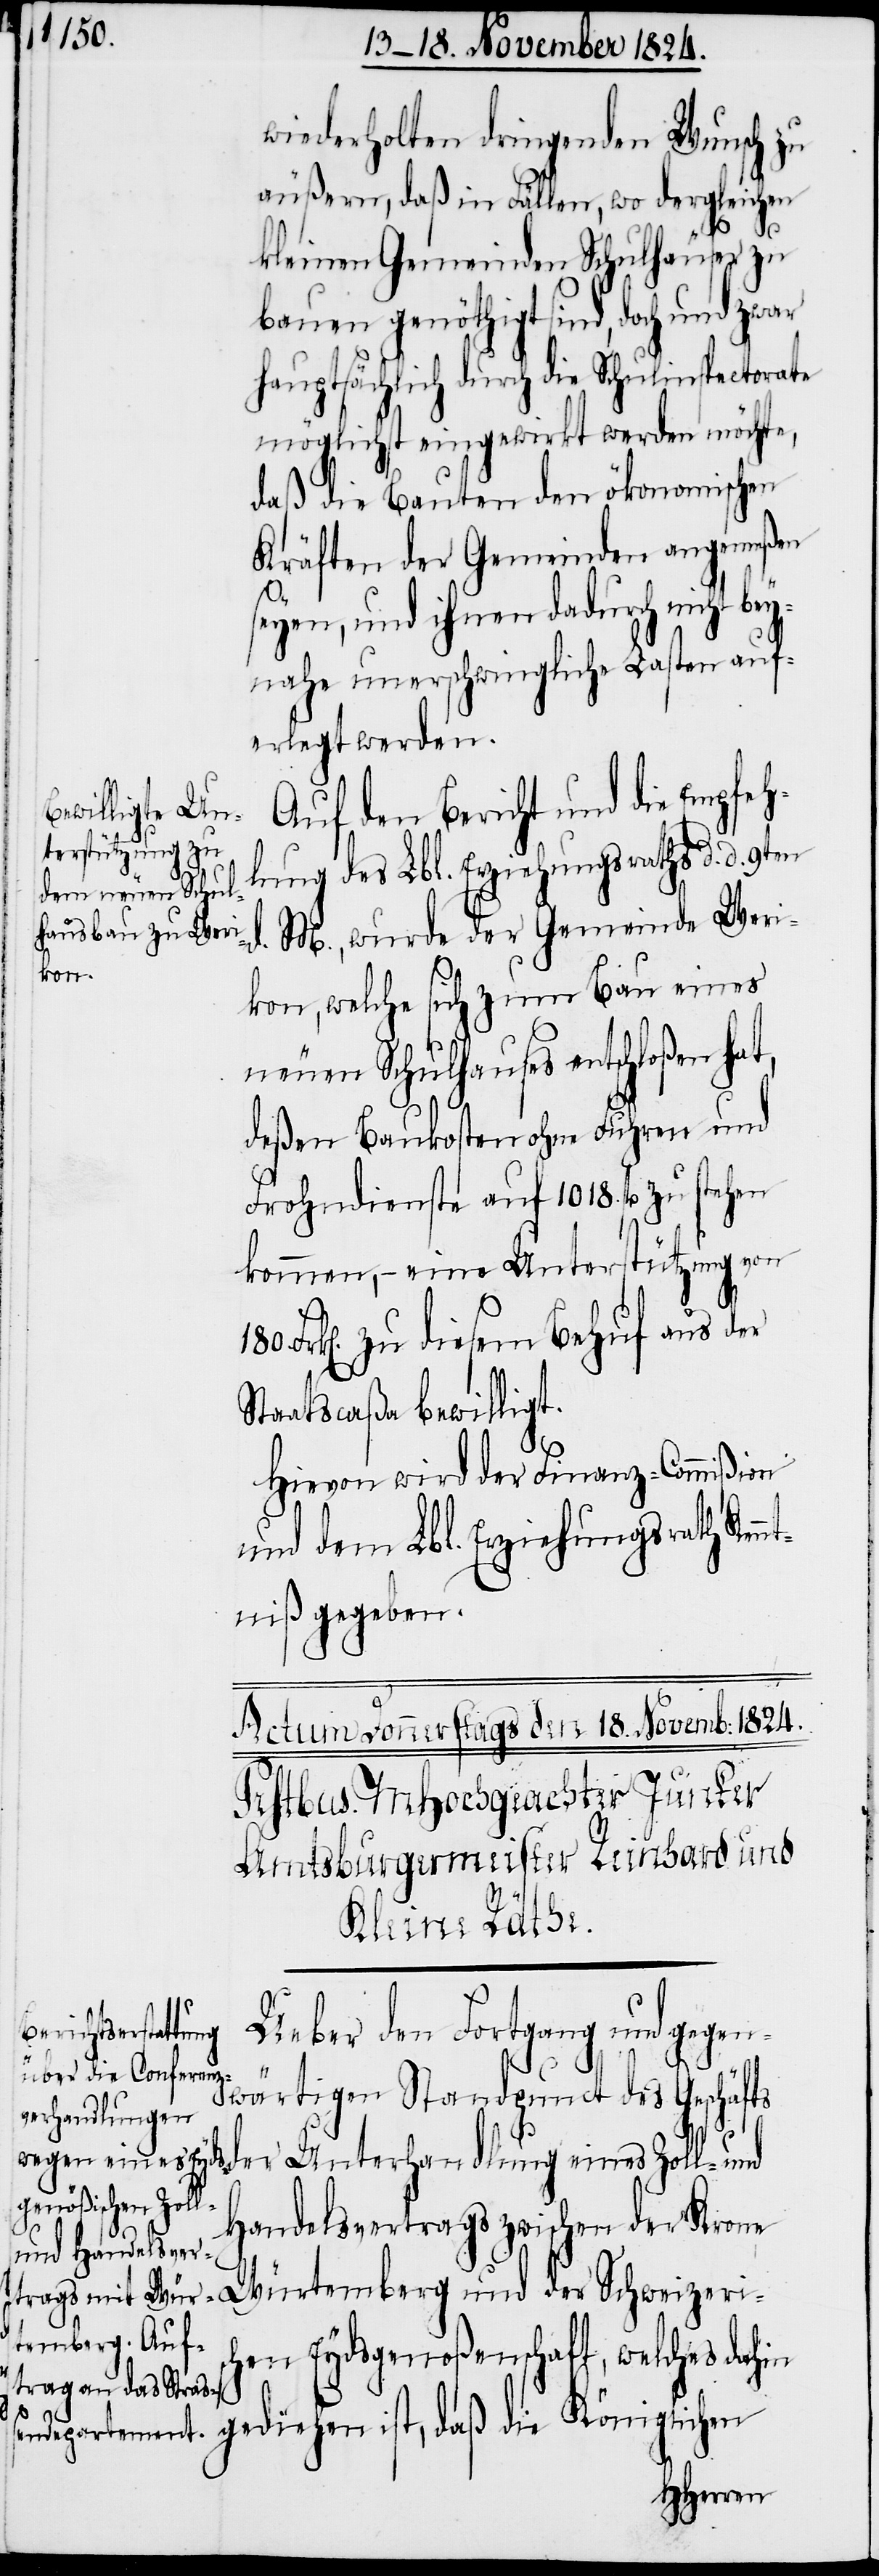
180.

wiederholten dringenden Wunsch zu
äußern, daß in Fällen, wo dergleichen
kleinen Gemeinden Schulhäuser zu
bauen genöthigt sind, doch und zwar
hauptsächlich durch die Schulinspectorate
möglichst eingewirkt werden möchte,
daß die Bauten den ökonomischen
Kräften der Gemeinden angemeßen
seyen, und ihnen dadurch nicht be¬
ynahe unerschwingliche Lasten auf¬
erlegt werden.
Auf den Bericht und die Empfeh¬
lung des Lbl. Erziehungsraths d. d. 9ten
M., wurde der Gemeinde Weri¬
kon, welche sich zum Bau eines
neuen Schulhauses entschloßen hat,
deßen Baukosten ohne Fuhren und
Frohndienste auf 1910. fl. zu stehen
kommen, – eine Unterstützung von
Frk[en]. zu diesem Behuf aus der
Staatscaßa bewilligt.
Hievon wird der Finanz-Commißion
und dem Lbl. Erziehungsrath Ken¬
ntniß gegeben.
Schweizeris¬
und
Ueber den Fortgang und gegen¬
der
wärtigen Standpunct des Geschäfts
Handelsvertrags zwischen der Krone
chen Eydsgenoßenschaft, welches dahin
gediehen ist, daß die Königlichen